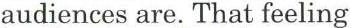
audiences are. That feeling